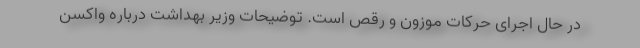
در حال اجرای حرکات موزون و رقص است. توضیحات وزیر بهداشت درباره واکسن